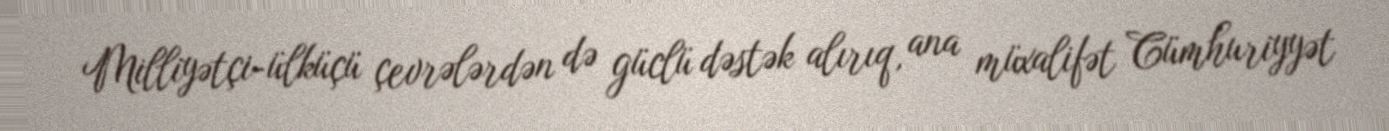
Milliyətçi-ülküçü çevrələrdən də güclü dəstək alırıq, ana müxalifət Cümhuriyyət